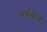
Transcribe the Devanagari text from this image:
अर्धस्नान